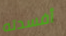
أفسدته